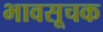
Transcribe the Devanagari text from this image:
भावसूचक